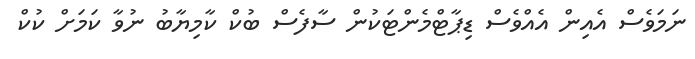
ނަމަވެސް އެއިން އެއްވެސް ޑިޕާޓްމެންޓަކުން ސާފެސް ބުކް ކާމިޔާބު ނުވާ ކަމަށް ކުކް